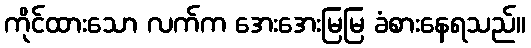
ကိုင်ထားသော လက်က အေးအေးမြမြ ခံစားနေရသည်။